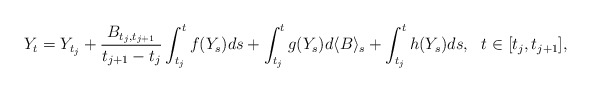
\begin{align*}Y_t=Y_{t_j}+\frac{B_{t_j,t_{j+1}}}{t_{j+1}-t_j} \int_{t_j}^tf(Y_s)ds + \int_{t_j}^t g(Y_s)d\langle B\rangle_s + \int_{t_j}^th(Y_s)ds,\ \ t\in[t_j,t_{j+1}],\end{align*}